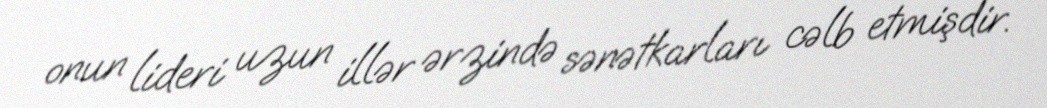
onun lideri uzun illər ərzində sənətkarları cəlb etmişdir.